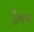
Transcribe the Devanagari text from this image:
ड्रैक्स